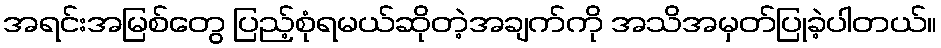
အရင်းအမြစ်တွေ ပြည့်စုံရမယ်ဆိုတဲ့အချက်ကို အသိအမှတ်ပြုခဲ့ပါတယ်။